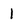
Character: 1